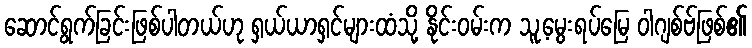
ဆောင်ရွက်ခြင်းဖြစ်ပါတယ်ဟု ရှယ်ယာရှင်များထံသို့ နိုင်းဝမ်းက သူ့မွေးရပ်မြေ ဝါဂျစ်ဗ်ဖြစ်၏